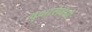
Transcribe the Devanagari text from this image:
वृक्षासंबंधी